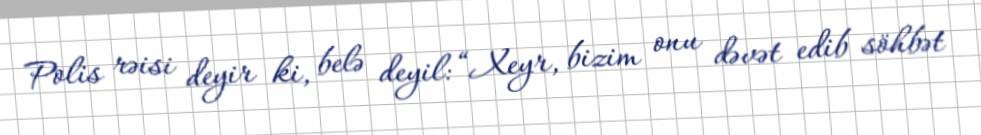
Polis rəisi deyir ki, belə deyil: “Xeyr, bizim onu dəvət edib söhbət